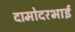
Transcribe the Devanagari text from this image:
दामोदरभाई